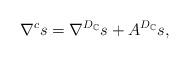
LaTeX: \begin{align*}\nabla^cs=\nabla^{D_{\mathbb{C}}}s+A^{D_{\mathbb{C}}}s,\end{align*}